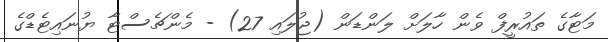
މަޓާގެ ތައުރީފް ވެން ހާލަށް ލަންޑަން (ޖުލައި 27) - މެންޗެސްޓާ ޔުނައިޓެޑްގެ